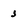
Character: J